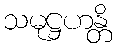
သမုဋ္ဌဟန္တိ